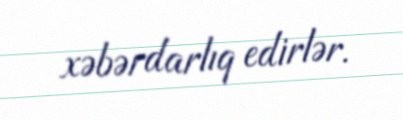
xəbərdarlıq edirlər.